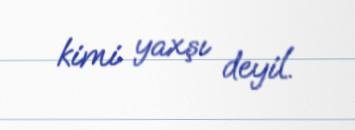
kimi yaxşı deyil.